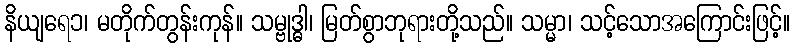
နိယျရေ၁၊ မတိုက်တွန်းကုန်။ သမ္ဗုဒ္ဓါ၊ မြတ်စွာဘုရားတို့သည်။ သမ္မာ၊ သင့်သောအကြောင်းဖြင့်။